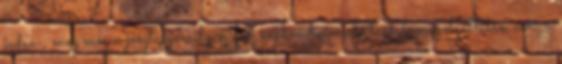
judeo-, meg még a jóégtudjamilyen-fób népkondicionáló tartalomszolgáltatás, ami a